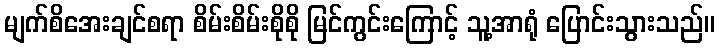
မျက်စိအေးချင်စရာ စိမ်းစိမ်းစိုစို မြင်ကွင်းကြောင့် သူ့အာရုံ ပြောင်းသွားသည်။